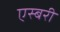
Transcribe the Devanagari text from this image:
एस्बरी